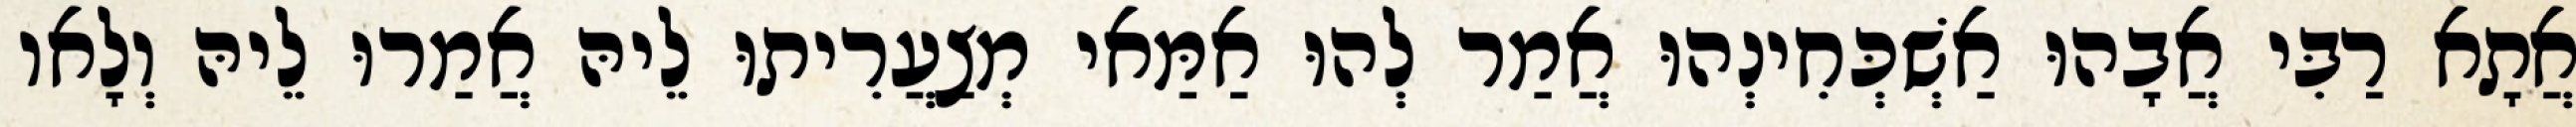
אֲתָא רַבִּי אֲבָהוּ אַשְׁכְּחִינְהוּ אֲמַר לְהוּ אַמַּאי מְצַעֲרִיתוּ לֵיהּ אֲמַרוּ לֵיהּ וְלָאו